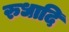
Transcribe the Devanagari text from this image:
रुधादि